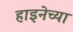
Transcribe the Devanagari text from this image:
हाइनेच्या